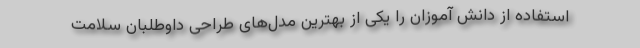
استفاده از دانش آموزان را یکی از بهترین مدل‌های طراحی داوطلبان سلامت